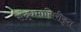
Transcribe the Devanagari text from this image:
संद्धमासिरीकृत